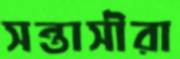
সন্তাসীরা